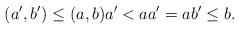
LaTeX: \begin{align*} (a',b')\leq (a,b) a'< a a'=a b'\leq b. \end{align*}